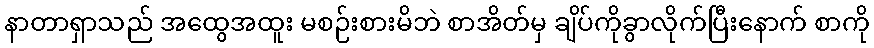
နာတာရှာသည် အထွေအထူး မစဉ်းစားမိဘဲ စာအိတ်မှ ချိပ်ကိုခွာလိုက်ပြီးနောက် စာကို